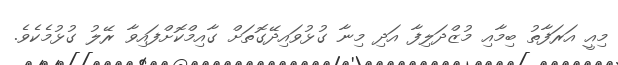
މިއީ އަރަފާތު ބިމާއި މުޒްދަލިފާ އަދި މިނާ ގުޅުވައިދޭގޮތަށް ގާއިމްކޮށްފައިވާ ރޭލު ގުޅުމެކެވެ.